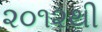
૨૦૧૨થી